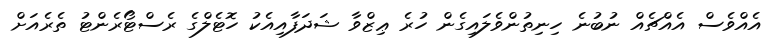
އެއްވެސް އެއްޗެއް ނުބުނެ ހިނިތުންވެލައިގެން ހުރެ ޢިޒްވާ ޝަދަފާއިއެކު ހޮޓެލްގެ ރެސްޓޯރެންޓު ތެރެއަށް